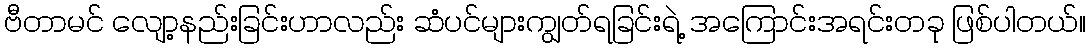
ဗီတာမင် လျော့နည်းခြင်းဟာလည်း ဆံပင်များကျွတ်ရခြင်းရဲ့ အကြောင်းအရင်းတခု ဖြစ်ပါတယ်။